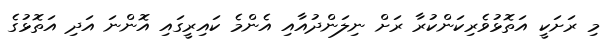
މި ރަށަކީ އަތޮޅުވެރިކަންކުރާ ރަށް ނިލަންދުއާއި އެންމެ ކައިރީގައި އޮންނަ އަދި އަތޮޅުގެ